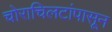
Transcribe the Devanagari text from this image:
चोराचिलटांपासून